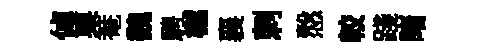
倬栗菴魏騁樾襄刺慤較踐睹